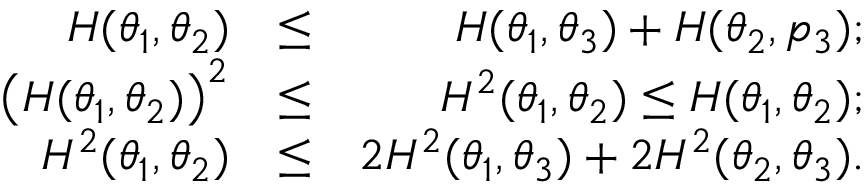
\begin{array} { r l r } { H ( \theta _ { 1 } , \theta _ { 2 } ) } & { \leq } & { H ( \theta _ { 1 } , \theta _ { 3 } ) + H ( \theta _ { 2 } , p _ { 3 } ) ; } \\ { \big ( H ( \theta _ { 1 } , \theta _ { 2 } ) \big ) ^ { 2 } } & { \leq } & { H ^ { 2 } ( \theta _ { 1 } , \theta _ { 2 } ) \leq H ( \theta _ { 1 } , \theta _ { 2 } ) ; } \\ { H ^ { 2 } ( \theta _ { 1 } , \theta _ { 2 } ) } & { \le } & { 2 H ^ { 2 } ( \theta _ { 1 } , \theta _ { 3 } ) + 2 H ^ { 2 } ( \theta _ { 2 } , \theta _ { 3 } ) . } \end{array}